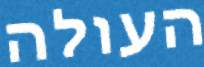
העולה